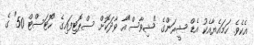
އެކެވެ. ހަމައެޔާއެކު އެޑް ޝީރަންގެ "ޝިވާސް"އާ ވާދަކޮށް ސްޕޮޓިފައިގެ "ހޮޓަސްޓް 50" ގެ